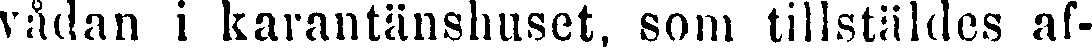
vådan i karantänshuset, som tillstäldes af-